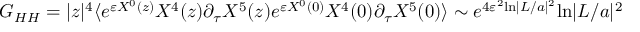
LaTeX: { \cal G } _ { H H } = | z | ^ { 4 } \langle e ^ { \varepsilon X ^ { 0 } ( z ) } X ^ { 4 } ( z ) \partial _ { \tau } X ^ { 5 } ( z ) e ^ { \varepsilon X ^ { 0 } ( 0 ) } X ^ { 4 } ( 0 ) \partial _ { \tau } X ^ { 5 } ( 0 ) \rangle \sim e ^ { 4 \varepsilon ^ { 2 } \mathrm { l n } | L / a | ^ { 2 } } \mathrm { l n } | L / a | ^ { 2 }